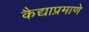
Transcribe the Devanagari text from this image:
कैद्याप्रमाणे